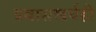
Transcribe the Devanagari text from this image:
प्रवासखर्चही